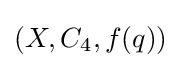
(X,C_{4},f(q))